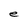
Character: e